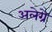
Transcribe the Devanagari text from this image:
अलेग्रे